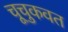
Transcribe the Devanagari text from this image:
चूचुकवत